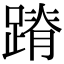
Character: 蹐